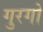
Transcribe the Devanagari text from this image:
गुरगो